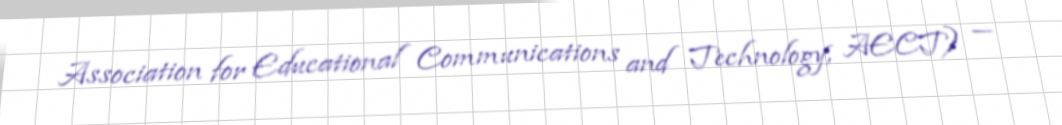
Association for Educational Communications and Technology, AECT) —